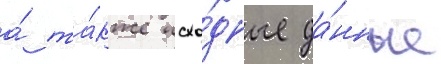
а́ та́кже исхо́дные да́нные